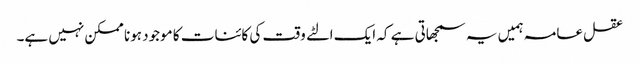
عقل عامہ ہمیں یہ سمجھاتی ہے کہ ایک الٹے وقت کی کائنات کا موجود ہونا ممکن نہیں ہے۔